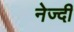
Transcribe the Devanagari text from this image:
नेज्दी